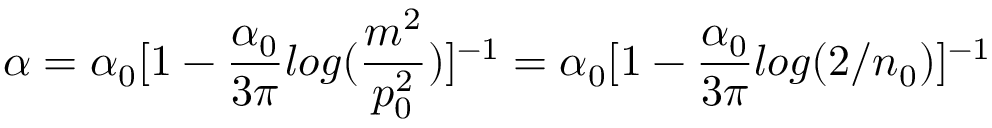
\alpha = \alpha _ { 0 } [ 1 - \frac { \alpha _ { 0 } } { 3 \pi } l o g ( \frac { m ^ { 2 } } { p _ { 0 } ^ { 2 } } ) ] ^ { - 1 } = \alpha _ { 0 } [ 1 - \frac { \alpha _ { 0 } } { 3 \pi } l o g ( 2 / n _ { 0 } ) ] ^ { - 1 }